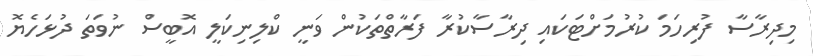
މިދިރާސާ ފުރިހަމަ ކުރުމަށްޓަކައި ދިރާސާކުރާ ފަރާތްތަކުން ވަނީ ކްލިނިކަލީ އޮބީސް ނުވަތަ ދުޅަހެޔޮ